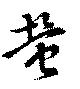
蛍